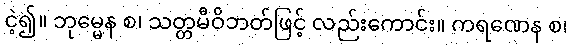
ငဲ့၍။ ဘုမ္မေန စ၊ သတ္တမီဝိဘတ်ဖြင့် လည်းကောင်း။ ကရဏေန စ၊